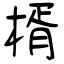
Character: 楈